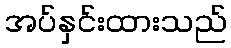
အပ်နှင်းထားသည်